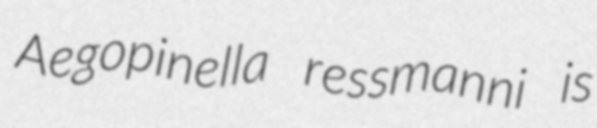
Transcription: Aegopinella ressmanni is